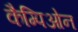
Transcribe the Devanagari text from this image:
कैम्पिओन